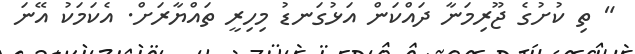
" ތި ކުށުގެ ޖޫރިމަނާ ދައްކަން އަޅުގަނޑު މިހިރީ ތައްޔާރަށް. އެކަމަކު އޭނަ